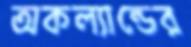
অকল্যান্ডের